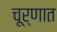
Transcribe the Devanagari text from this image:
चूर्णात